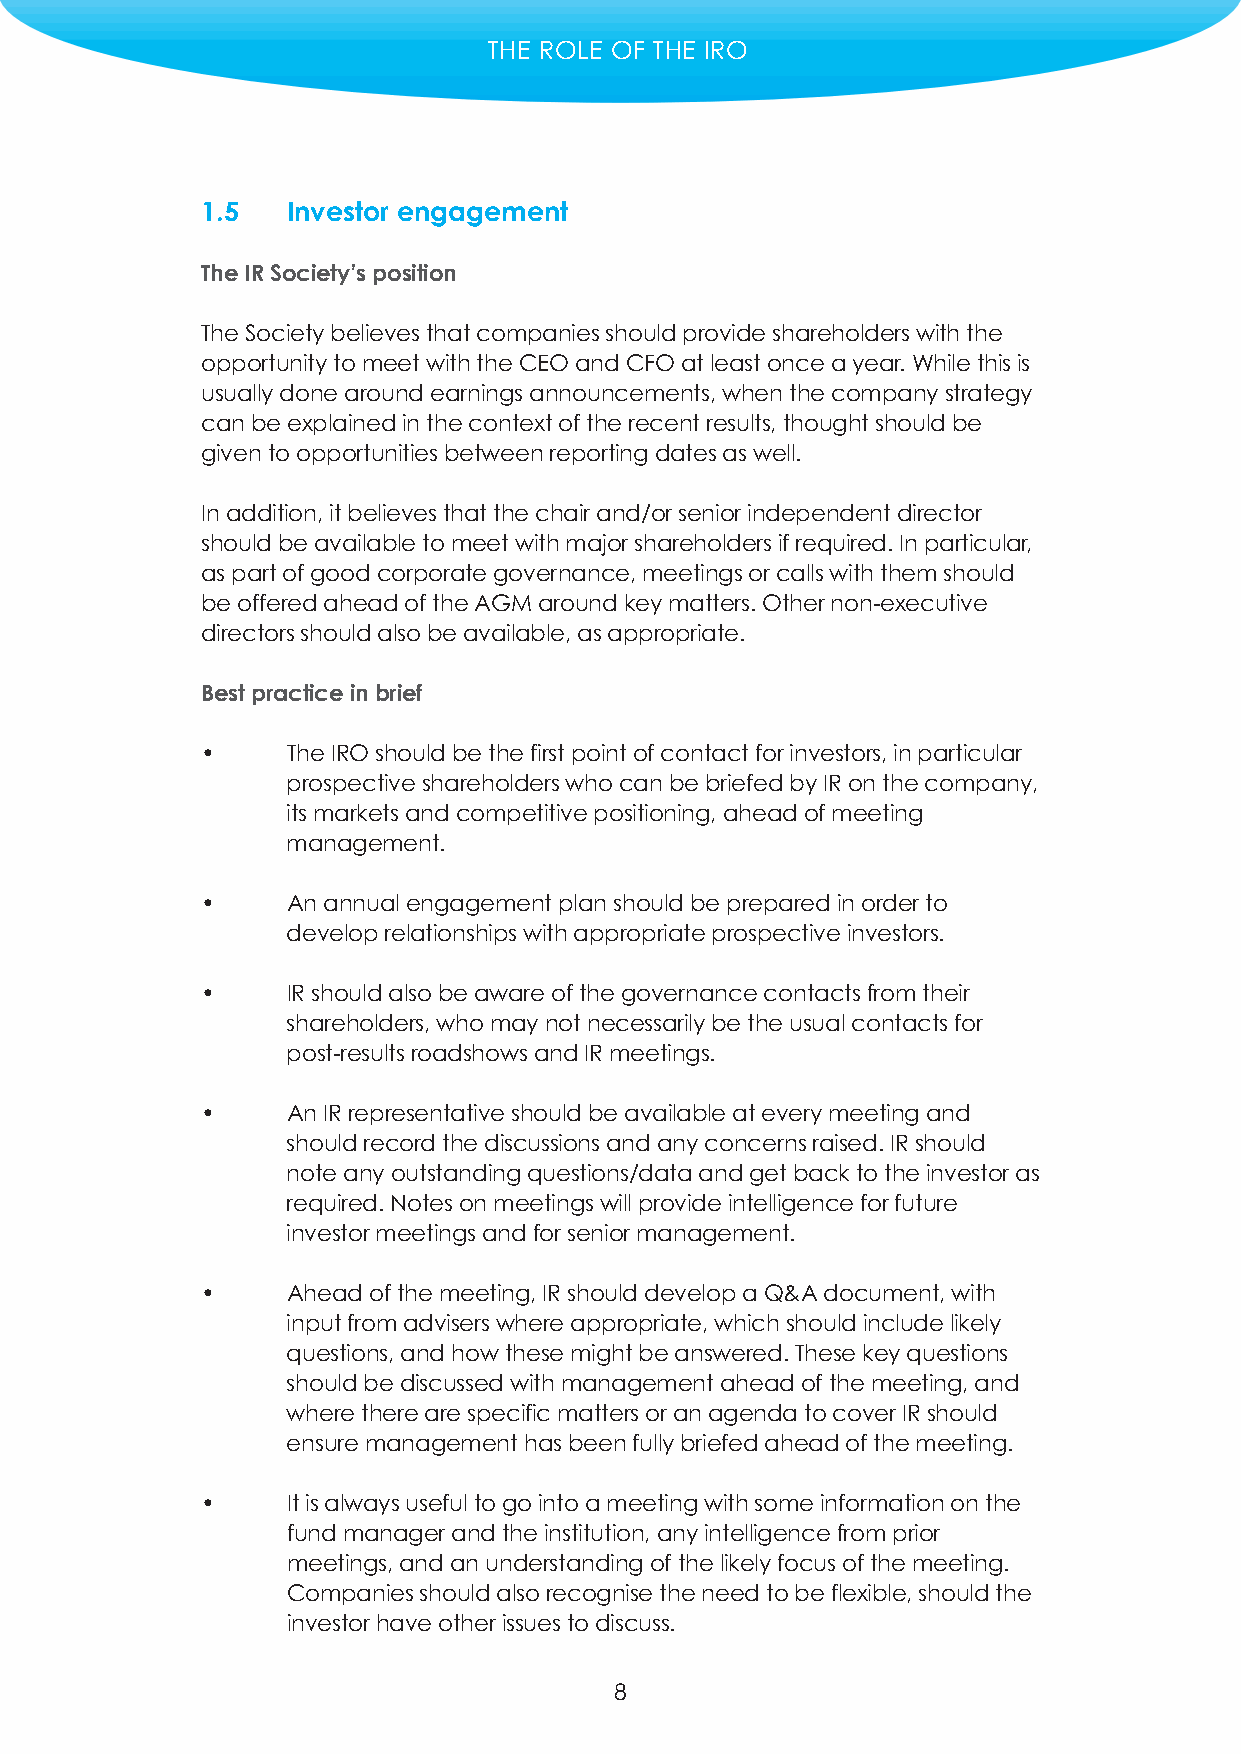
THE ROLE OF THE IRO
 1.5   Investor engagement
 The IR Society’s position
 The Society believes that companies should provide shareholders with the
 opportunity to meet with the CEO and CFO at least once a year. While this is
 usually done around earnings announcements, when the company strategy
 can be explained in the context of the recent results, thought should be
 given to opportunities between reporting dates as well.
 In addition, it believes that the chair and/or senior independent director
 should be available to meet with major shareholders if required. In particular,
 as part of good corporate governance, meetings or calls with them should
 be offered ahead of the AGM around key matters. Other non-executive
 directors should also be available, as appropriate.
 Best practice in brief
 •     The IRO should be the first point of contact for investors, in particular
 prospective shareholders who can be briefed by IR on the company,
 its markets and competitive positioning, ahead of meeting
 management.
 •     An annual engagement plan should be prepared in order to
 develop relationships with appropriate prospective investors.
 •     IR should also be aware of the governance contacts from their
 shareholders, who may not necessarily be the usual contacts for
 post-results roadshows and IR meetings.
 •     An IR representative should be available at every meeting and
 should record the discussions and any concerns raised. IR should
 note any outstanding questions/data and get back to the investor as
 required. Notes on meetings will provide intelligence for future
 investor meetings and for senior management.
 •     Ahead of the meeting, IR should develop a Q&A document, with
 input from advisers where appropriate, which should include likely
 questions, and how these might be answered. These key questions
 should be discussed with management ahead of the meeting, and
 where there are specific matters or an agenda to cover IR should
 ensure management has been fully briefed ahead of the meeting.
 •     It is always useful to go into a meeting with some information on the
 fund manager and the institution, any intelligence from prior
 meetings, and an understanding of the likely focus of the meeting.
 Companies should also recognise the need to be flexible, should the
 investor have other issues to discuss.
 8